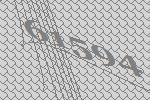
61594